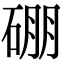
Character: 硼